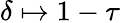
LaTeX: \delta\mapsto 1-\tau